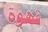
قهوة